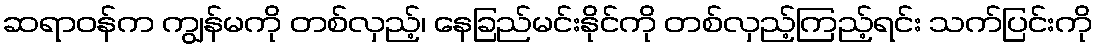
ဆရာဝန်က ကျွန်မကို တစ်လှည့်၊ နေခြည်မင်းနိုင်ကို တစ်လှည့်ကြည့်ရင်း သက်ပြင်းကို